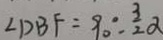
\angle D B F = 9 0 ^ { \circ } - \frac { 3 } { 2 } \alpha